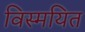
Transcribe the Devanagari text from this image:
विस्मयित